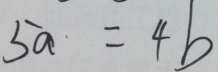
5 a \cdot = 4 b